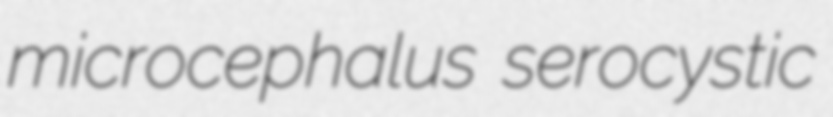
microcephalus serocystic